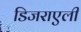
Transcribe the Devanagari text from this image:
डिजराएली